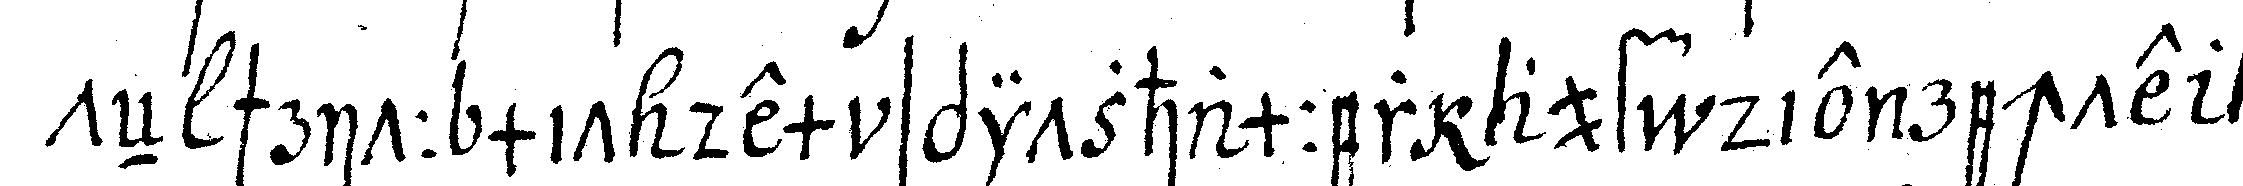
teN schritt mit dem spitzhammer auf die rechte